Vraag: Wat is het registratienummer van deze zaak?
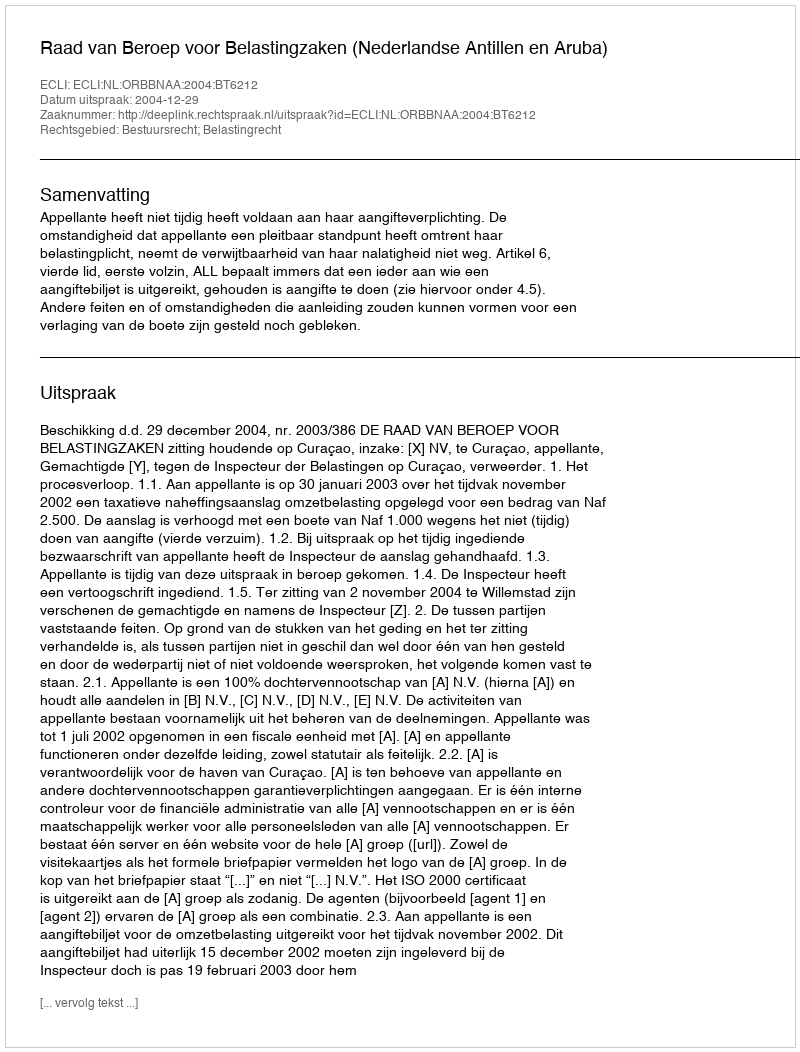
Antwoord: http://deeplink.rechtspraak.nl/uitspraak?id=ECLI:NL:ORBBNAA:2004:BT6212